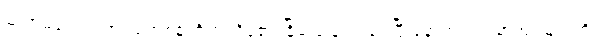
ဆရာမတွေပါ အပ်စ်တစ်ခုကို စပရိန်၏ ခြိမ်းခြောက်ခံရပြီးနောက် သင့်စာအုပ်များကို